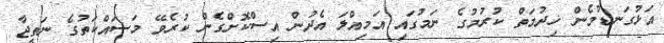
އަޅުގަނޑުމެން ޚިދުމަތް ކުރުމުގެ ނަމުގައި އަމިއްލަ އެދުން އިސްކޮށްގެން ކުރެވޭ މަސައްކަތުގެ ނަތީޖާ